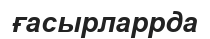
ғасырларрда